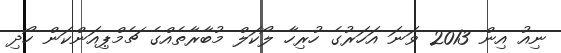
ނިއު އިން 2013 ވަނަ އަހަރުގެ ހުރިހާ ލޯކަލް މުބާރާތެއްގެ ޗެމްޕިއަންކަން ހޯދި